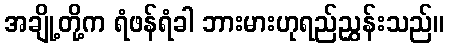
အချို့တို့က ရံဖန်ရံခါ ဘားမားဟုရည်ညွှန်းသည်။